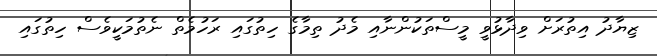
ޒިޔާދު އިތުރަށް ވިދާޅުވީ މީސްތަކުންނާއި މެދު ތިމާގެ ހިތުގައި ރަހުމެތް ނެތުމަކީވެސް ހިތުގައި